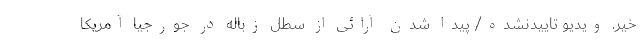
خیر. ویدیو تاییدنشده/ پیدا شدن آرائی از سطل زباله در جورجیا آمریکا